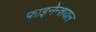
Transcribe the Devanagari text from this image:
फाइनेन्शयल